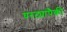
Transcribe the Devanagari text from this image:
घरट्यांपैकी